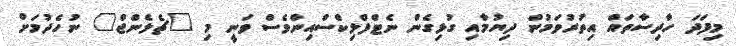
މިފަދަ ހާދިސާތައް އިތުރުވަމުން ދިޔުމާއި ގުޅިގެން ނެޓްފްލިކްސްއިންވެސް ވަނީ މި "ޗެލެންޖް" ނުހެދުމަށް